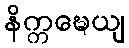
နိက္ကဍ္ဎေယျ